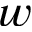
w